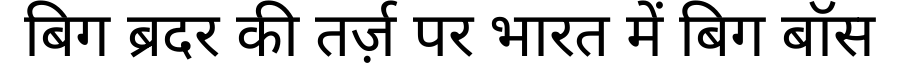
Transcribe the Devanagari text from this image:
बिग ब्रदर की तर्ज़ पर भारत में बिग बॉस